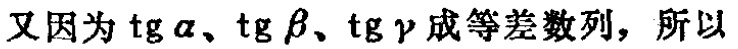
又因为\(\tg\alpha\)、\(\tg\beta\)、\(\tg\gamma\)成等差数列，所以